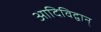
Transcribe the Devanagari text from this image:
आदिविद्वान्‌